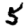
Digit: 5